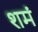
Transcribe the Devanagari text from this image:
शमं